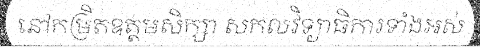
នៅកម្រិតឧត្តមសិក្សា សកលវិទ្យាធិការទាំងអស់